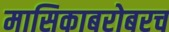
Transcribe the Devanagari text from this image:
मासिकाबरोबरच